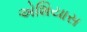
એશિયાસ